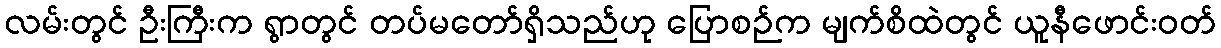
လမ်းတွင် ဦးကြီးက ရွာတွင် တပ်မတော်ရှိသည်ဟု ပြောစဉ်က မျက်စိထဲတွင် ယူနီဖောင်းဝတ်